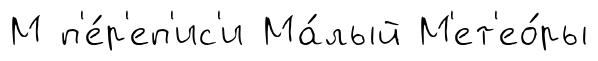
М п'е́р'еп'ис'и Ма́лый М'ет'ео́ры